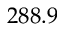
2 8 8 . 9